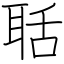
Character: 聒